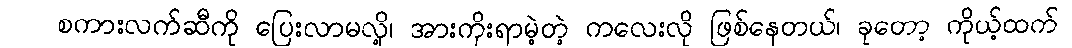
စကားလက်ဆီကို ပြေးလာမလို့၊ အားကိုးရာမဲ့တဲ့ ကလေးလို ဖြစ်နေတယ်၊ ခုတော့ ကိုယ့်ထက်